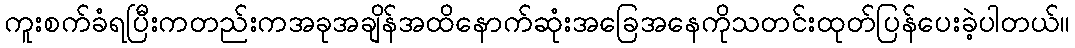
ကူးစက်ခံရပြီးကတည်းကအခုအချိန်အထိနောက်ဆုံးအခြေအနေကိုသတင်းထုတ်ပြန်ပေးခဲ့ပါတယ်။